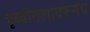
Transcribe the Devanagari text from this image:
पृथ्वीतलावरूनच